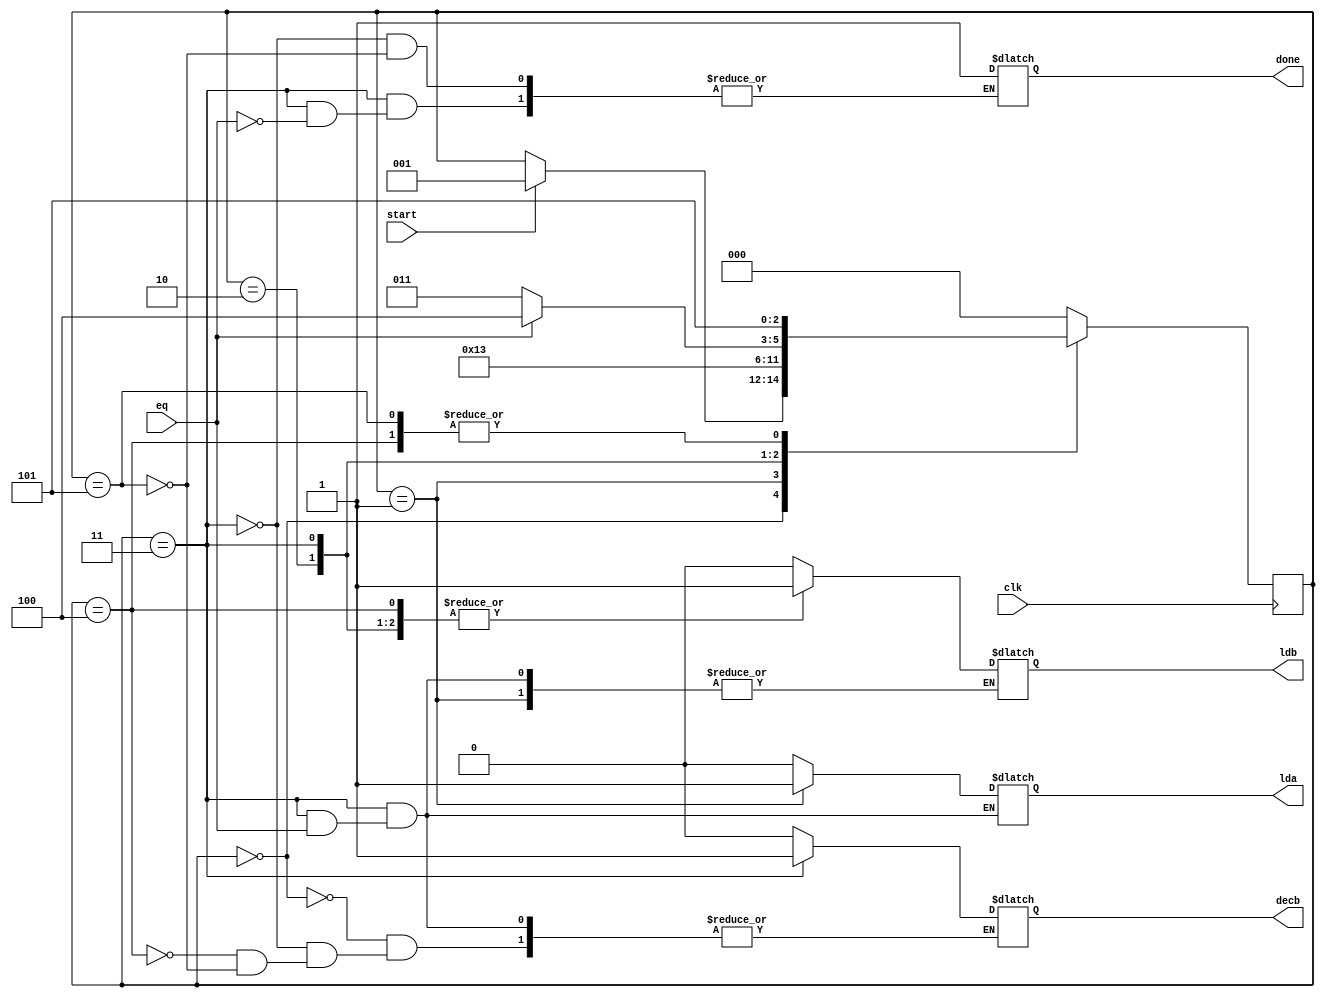
`timescale 1ns / 1ps
//////////////////////////////////////////////////////////////////////////////////
// Company: 
// Engineer: 
// 
// Design Name: 
// Module Name:    controller 
// Project Name: 
// Target Devices: 
// Tool versions: 
// Description: 
//
// Dependencies: 
//
// Revision: 
// Revision 0.01 - File Created
// Additional Comments: 
//
//////////////////////////////////////////////////////////////////////////////////
module controller(lda,ldb,decb,done,clk,eq,start);
input clk;
input eq,start;
output reg lda,ldb,done;
output reg decb;
reg[2:0] state;
parameter s0=3'b000,s1=3'b001,s2=3'b010,s3=3'b011,s4=3'b100,s5=3'b101;
always @ (posedge clk)
begin
case(state)
s0:if(start)state<=s1;
s1:state<=s2;
s2:state<=s3;
s3:#2 if(eq)state<=s4;
else if(!eq)state<=s3; 
s4:state<=s5;
s5:state<=s5;
default:state<=s0;
endcase
end
always @(state)
 begin
case(state)
s0:begin lda=0;ldb=0;decb=0;end
s1:begin lda=1;end
s2:begin lda=0;ldb=1;end
s3:if (eq) done=1;
else if(!eq) begin
lda=0;ldb=1;decb=1;
end
s4:begin lda=0;ldb=1;decb=0;end
s5:begin done=1;lda=0;ldb=0;decb=0;end
default:begin lda=0;ldb=0;end
endcase
end
endmodule